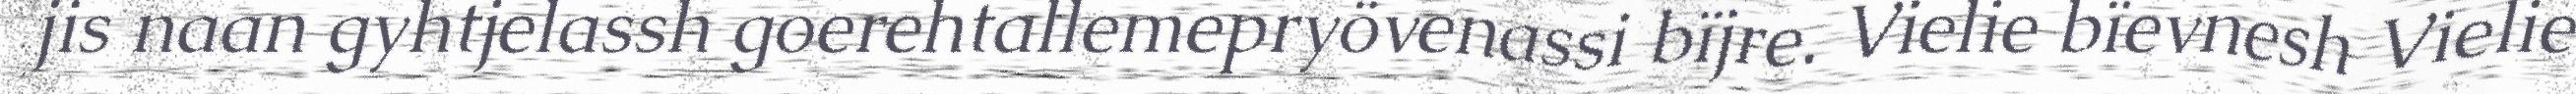
jis naan gyhtjelassh goerehtallemepryövenassi bïjre. Vielie bïevnesh Vielie